Lunatic asylums in Bengal annual reports 1912-1924 - 1912-1924
Year: 1912
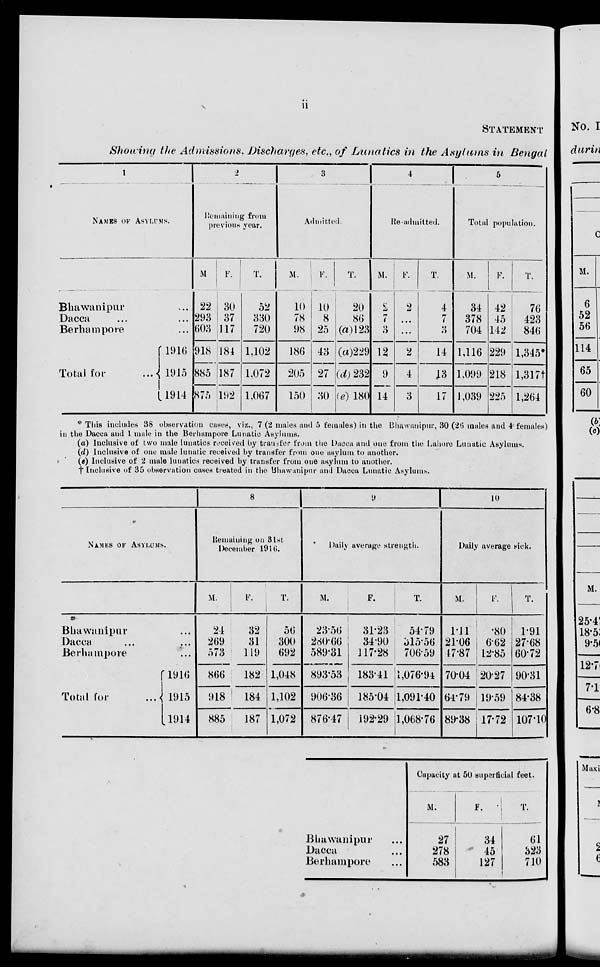
ii
STATEMENT
Showing the Admissions. Discharges, etc., of Lunatics in the Asylums in Bengal
1
NAMES OF ASYLUMS.
Bhawanipur ...
Dacca ... ...
Berhampore ...
Total for
...
1916
1915
1914
2
Remaining from
previous year.
M
22
293
603
918
885
875
F.
30
37
117
184
187
192
T.
52
330
720
1,102
1,072
1,067
3
Admitted.
M.
10
78
98
186
205
150
F.
10
8
25
43
27
30
T.
20
86
(a) 123
(a)229
(d) 232
(e) 180
4
Re-admitted.
M.
2
7
3
12
9
14
F.
2
...
...
2
4
3
T.
4
7
3
14
13
17
5
Total population.
M.
34
378
704
1,116
1,099
1,039
F.
42
45
142
229
218
225
T.
76
423
846
1,345*
1,317†
1,264
* This includes 38 observation cases, viz., 7 (2 males and 5 females) in the Bhawanipur, 30 (26 males and 4 females)
in the Dacca and 1 male in the Berhampore Lunatic Asylums.
(a) Inclusive of two male lunatics received by transfer from the Dacca and one from the Lahore Lunatic Asylums.
(d) Inclusive of one male lunatic received by transfer from one asylum to another.
(e) Inclusive of 2 male lunatics received by transfer from one asylum to another.
† Inclusive of 35 observation cases treated in the Bhawanipur and Dacca Lunatic Asylums.
NAMES OF ASYLUMS.
Bhawanipur ...
Dacca ...
Berhampore ...
Total for
...
1916
1915
1914
8
Remaining on 31st
December 1916.
M.
24
269
573
866
918
885
F.
32
31
119
182
184
187
T.
56
300
692
1,048
1,102
1,072
9
Daily average strength.
M.
23.56
280.66
589.31
893.53
906.36
876.47
F.
31.23
34.90
117.28
183.41
185.04
192.29
T.
54.79
315.56
706.59
1,076.94
1,091.40
1,068.76
10
Daily average sick.
M.
1.11
21.06
47.87
70.04
64.79
89.38
F.
.80
6.62
12.85
20.27
19.59
17.72
T.
1.91
27.68
60.72
90.31
84.38
107.10
Bhawanipur ...
Dacca ...
Berhampore ...
Capacity at 50 superficial feet.
M.
27
278
583
F.
34
45
127
T.
61
323
710